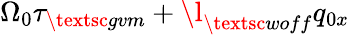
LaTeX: \Omega_{0}\tau_{\textsc{gvm}}+\l_{\textsc{woff}}q_{0x}